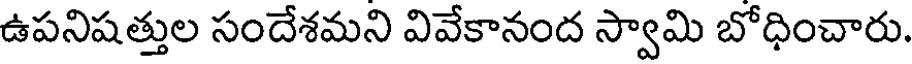
ఉపనిషత్తుల సందేశమని వివేకానంద స్వామి బోధించారు.